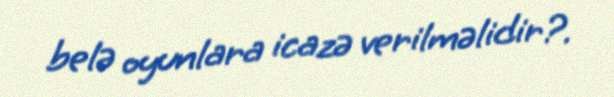
belə oyunlara icazə verilməlidir?.